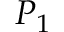
P _ { 1 }